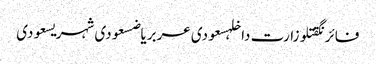
فائرنگقتلوزارت داخلہسعودی عربریاضسعودی شہریسعودی